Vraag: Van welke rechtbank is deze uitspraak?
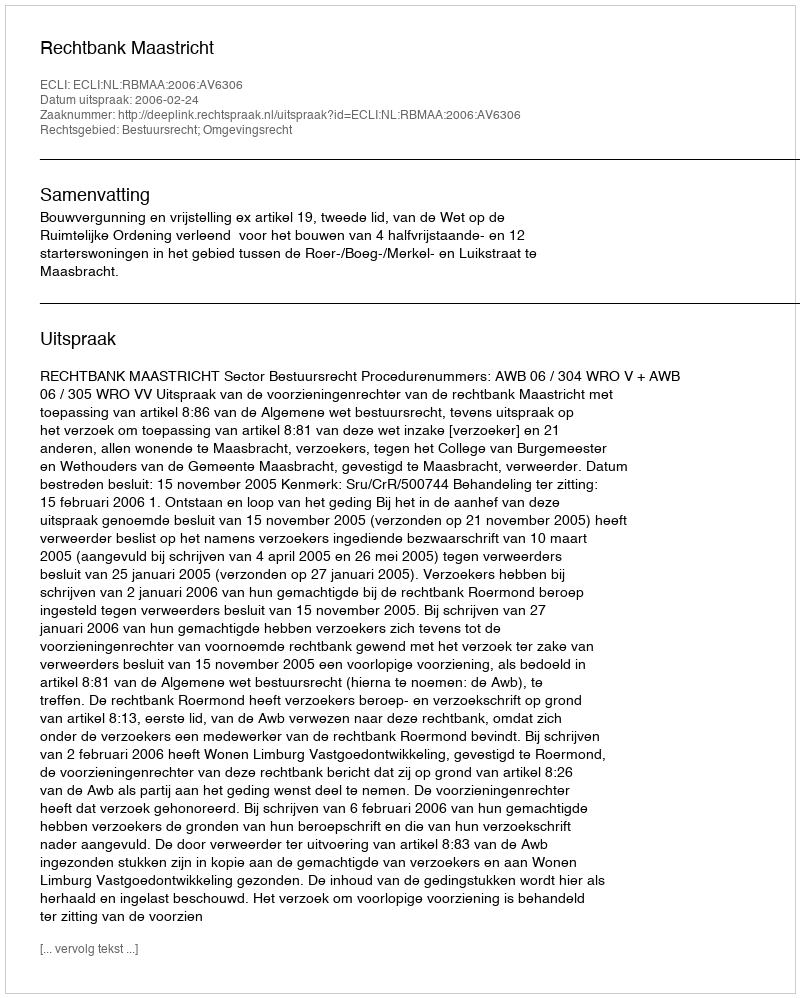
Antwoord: Rechtbank Maastricht